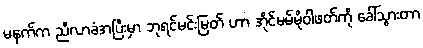
မနက်က ညီလာခံအပြီးမှာ ဘုရင်မင်းမြတ် ဟာ အိုင်မမ်မိုဝါဖတ်ကို ခေါ်သွားတာ